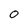
Character: O